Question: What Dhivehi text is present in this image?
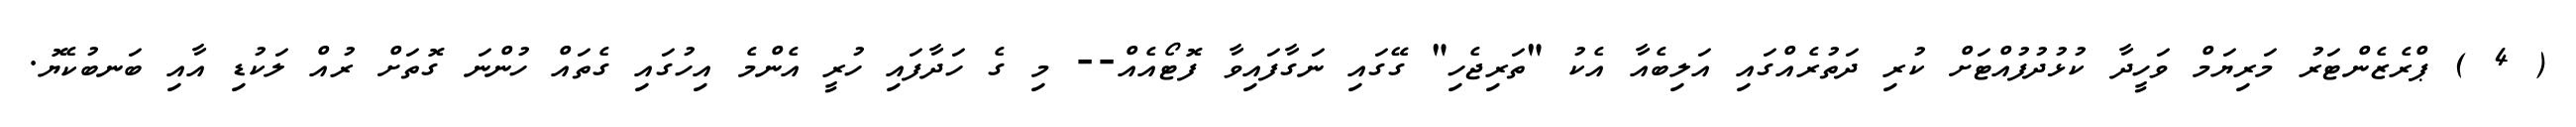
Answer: ( 4 ) ޕްރެޒެންޓަރު މަރިޔަމް ވަހީދާ ކުޅުދުފުއްޓަށް ކުރި ދަތުރެއްގައި އަލިބެއާ އެކު "ތަރިޖެހި" ގޭގައި ނަގާފައިވާ ފޮޓޯއެއް-- މި ގެ ހަދާފައި ހުރީ އެންމެ އިހުގައި ގެތައް ހުންނަ ގޮތަށް ރުއް ލަކުޑި އާއި ބަނބުކެޔޮ.